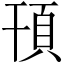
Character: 頇